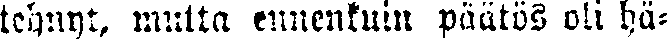
tehnyt, multa ennenkuin päätös oli hä-